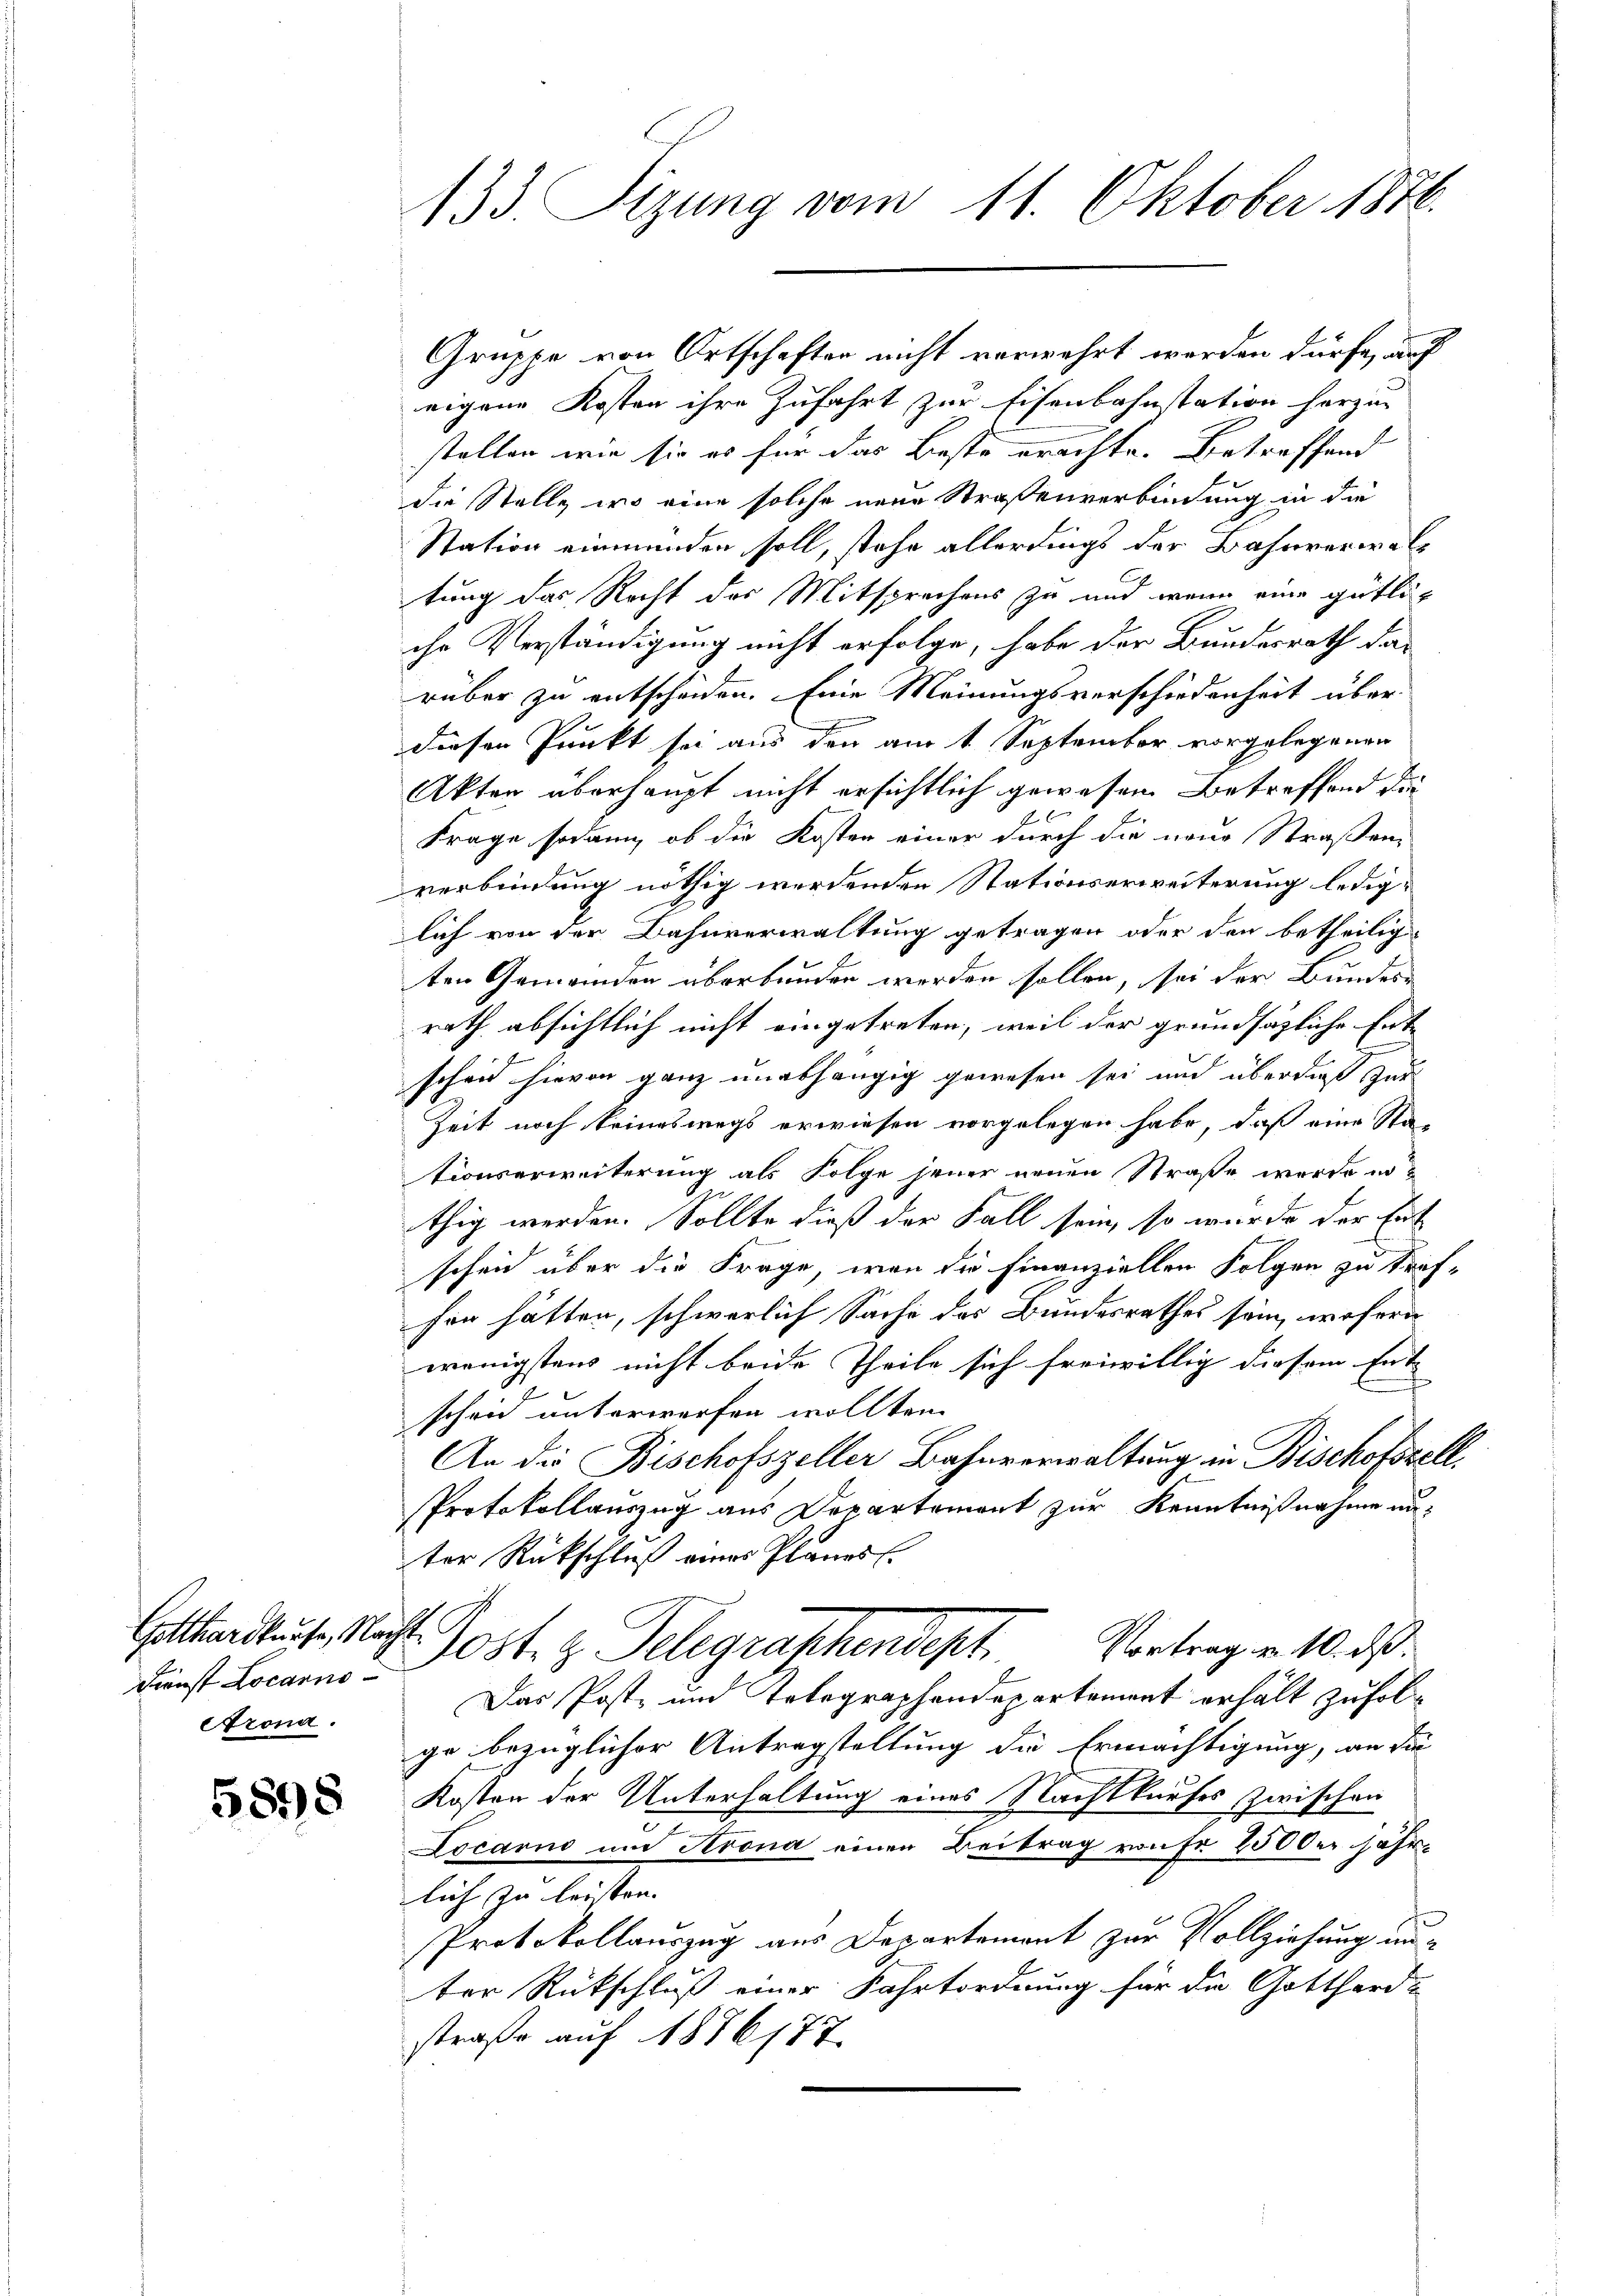
Gotthardkurse, Nac
Dienst Locarno
trona.

5898

133 Sizung vom 11. Oktober 1876.

Gruppe von Ortschaften nicht verwahrt werden dürfe, auf
eigene Kosten ihre Zufahrt zur Eisenbahnstation herzen
stellen, wie sie es für das Beste erachte. Betreffend
die Stelle, wo eine solche neue Straßenverbindung in die
Station einmünden soll, stehe allerdings der Bahnverwaltung das Recht des Mitsprechens zu und wenn eine gütliche Verständigung nicht erfolge, habe der Bundesrath das
rüber zu entscheiden. Eine Meinungsverschiedenheit über
diesen Punkt sei aus den am t September vorgelegenen
Akten überhaupt nicht ersichtlich gewesen Betreffend die
Frage sodann, ob die Kosten einer durch die neue Straßen-
verbindung nöthig werdenden Stationserweiterung lediglich von der Bahnverwaltung getragen oder den betheilig
ten Gemeinden überbunden werden sollen, sei der Bundes-
rath absichtlich nicht eingetreten, weil der grundsätzliche Entscheid hievon ganz unabhängig gewesen sei und überdig zur
Zeit noch keineswegs erwiesen vorgelegen habe, daß eine Sta-
tionserweiterung als Folge jener neuen Straße werde in
thig werden. Sollte dieß der Fall sein, so wurde der Ent
scheid über die Frage, von die Finanziellen Folgen zu tref-
fen hätten, schwerlich Sache des Bundesrathes sein, wofern
wenigstens nicht beide Theile sich freiwillig diesem Ent-
scheid unterwerfen wollten.
An die Bischofszeller Bahnverwaltung in Bischofszell.
Protokollauszug aus Departement zur Kenntnißnahme unter Rückschluß eines Planes.
ost. g. Telegraphendept.
Vortrag v. 10. ds
Das Post- und Totographendepartement erhält zufolge bezüglicher Antragstellung die Ermächtigung, an die
Kosten der Unterhaltung eines Nachtkaufes zwischen
7
Locarno und Arona einen Beitrag von fr 2500 er jährlich zu leisten.
Protokollauszug aus Departement zur Vollziehung unter Rückschluß einer Fahrtordnung für die Gotthard-
straße auf 1876/77.